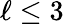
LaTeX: \ell\leq 3